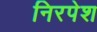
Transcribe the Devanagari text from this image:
निरपेश